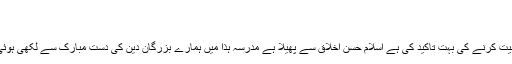
پیغمبر اکرم ؐ کے بارے میں اللہ تعالیٰ کا ارشاد ہو ا
انک لعلیٰ خلق عظیم
اسی وجہ سے علماء اخلاق نے طلباء کیلئے اخلاقی تربیت کرنے کی بہت تاکید کی ہے اسلام حسن اخلاق سے پھیلا ہے مدرسہ ہٰذا میں ہمارے بزرگان دین کی دست مبارک سے لکھی ہوئی اخلاقیات پر مشتمل کتابیں بھی نصاب میں شامل ہے۔